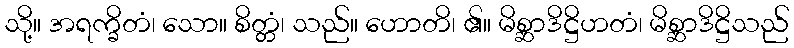
သို့။ အရက္ခိတံ၊ သော။ စိတ္တံ၊ သည်။ ဟောတိ၊ ၏။ မိစ္ဆာဒိဋ္ဌိဟတံ၊ မိစ္ဆာဒိဋ္ဌိသည်